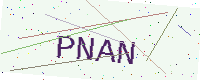
Text: PNAN